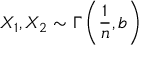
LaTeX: X _ { 1 } , X _ { 2 } \sim \Gamma \left( { \frac { 1 } { n } } , b \right)